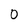
Character: 0